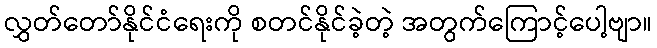
လွှတ်တော်နိုင်ငံရေးကို စတင်နိုင်ခဲ့တဲ့ အတွက်ကြောင့်ပေါ့ဗျာ။